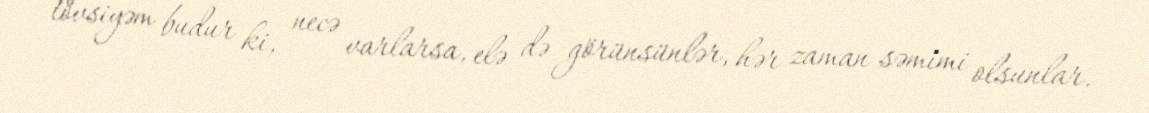
tövsiyəm budur ki, necə varlarsa, elə də görünsünlər, hər zaman səmimi olsunlar.